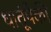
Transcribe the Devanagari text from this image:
धातूंपैकी